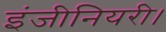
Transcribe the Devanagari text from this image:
इंजीनियरी।